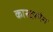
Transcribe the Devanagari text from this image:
कास्टरमैन